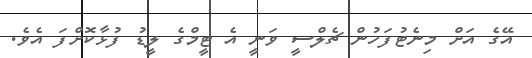
އޭގެ އަށް މިނެޓުފަހުން ޗެލްސީ ވަނީ އެ ޓީމްގެ ލީޑު ފުޅާކޮށްފަ އެވެ.